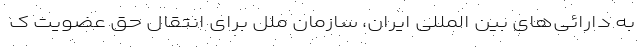
به دارائی‌های بین المللی ایران، سازمان ملل برای انتقال حق عضویت ک